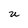
Character: u